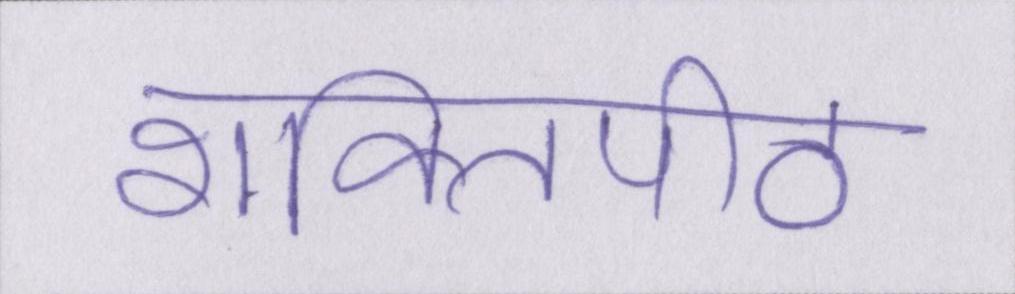
शक्तिपीठ